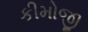
કીમોજી